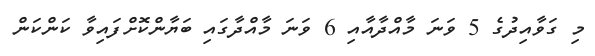
މި ގަވާއިދުގެ 5 ވަނަ މާއްދާއާއި 6 ވަނަ މާއްދާގައި ބަޔާންކޮށްފައިވާ ކަންކަން